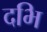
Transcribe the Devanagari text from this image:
दभि